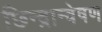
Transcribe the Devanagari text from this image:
छिन्द्रान्वेषण